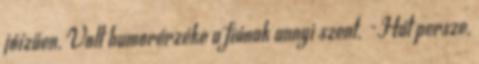
jóízűen. Volt humorérzéke a fiúnak annyi szent. -Hát persze,